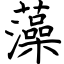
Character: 藻